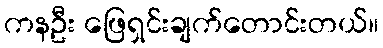
ကနဦး ဖြေရှင်းချက်တောင်းတယ်။